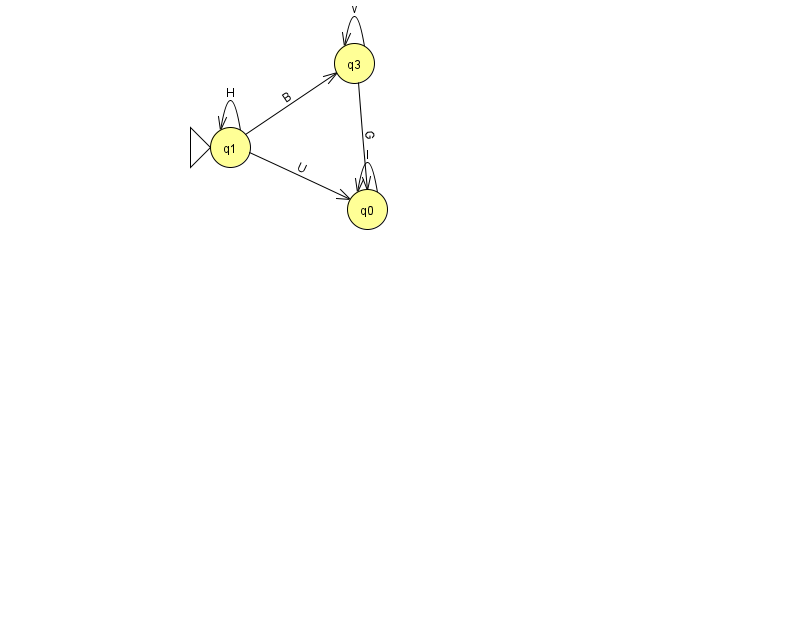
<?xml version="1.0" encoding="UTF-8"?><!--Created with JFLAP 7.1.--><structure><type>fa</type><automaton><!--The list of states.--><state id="0" name="q0"><x>367.0</x><y>196.0</y></state><state id="1" name="q1"><x>230.0</x><y>134.0</y><initial/></state><state id="3" name="q3"><x>354.0</x><y>50.0</y></state><!--The list of transitions.--><transition><from>1</from><to>0</to><read>U</read></transition><transition><from>3</from><to>3</to><read>v</read></transition><transition><from>1</from><to>1</to><read>H</read></transition><transition><from>1</from><to>3</to><read>B</read></transition><transition><from>3</from><to>0</to><read>G</read></transition><transition><from>0</from><to>0</to><read>l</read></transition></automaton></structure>